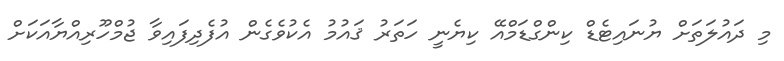
މި ދައުލަތަށް ޔުނައިޓެޑް ކިންގްޑަމްއޭ ކިޔެނީ ހަތަރު ޤައުމު އެކުވެގެން އުފެދިފައިވާ ޖުމްހޫރިއްޔާއަކަށް